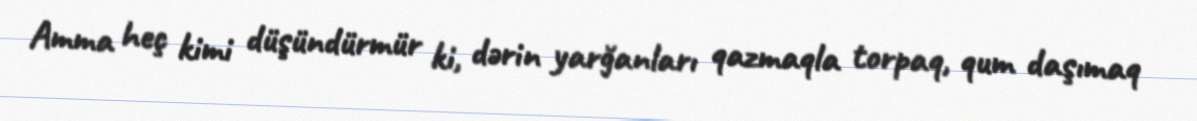
Amma heç kimi düşündürmür ki, dərin yarğanları qazmaqla torpaq, qum daşımaq